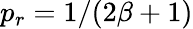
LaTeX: p_{r}=1/(2\beta+1)